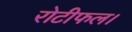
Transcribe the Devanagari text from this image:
रोटीफल।